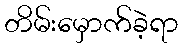
တိမ်းမှောက်ခဲ့ရာ